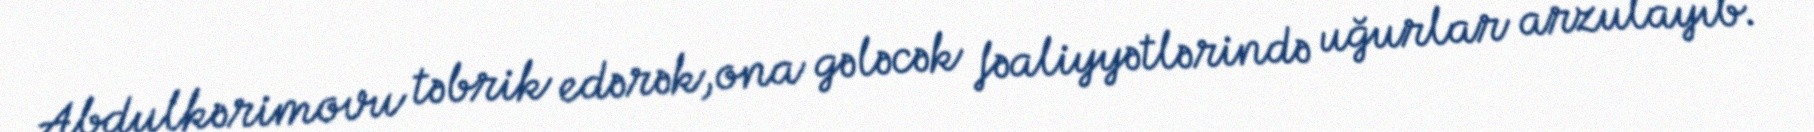
Abdulkərimovu təbrik edərək,ona gələcək fəaliyyətlərində uğurlar arzulayıb.